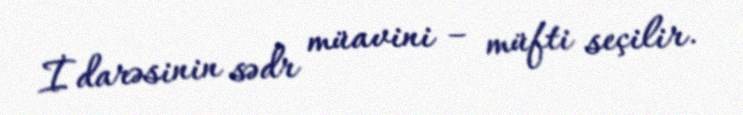
İdarəsinin sədr müavini – müfti seçilir.